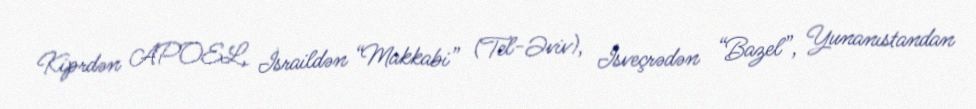
Kiprdən APOEL, İsraildən “Makkabi” (Tel-Əviv), İsveçrədən “Bazel”, Yunanıstandan